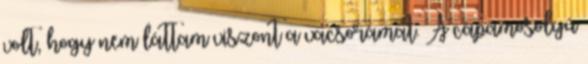
volt, hogy nem láttam viszont a vacsorámat. A cápamosolyú